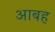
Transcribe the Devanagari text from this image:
आबह